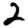
Digit: 2